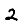
Digit: 2